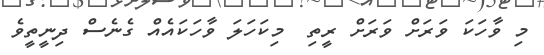
މި ވާހަކަ ވަރަށް ވަރަށް ރީތި  މިކަހަލަ ވާހަކައެއް ގެނެސް ދިނީތީވެ